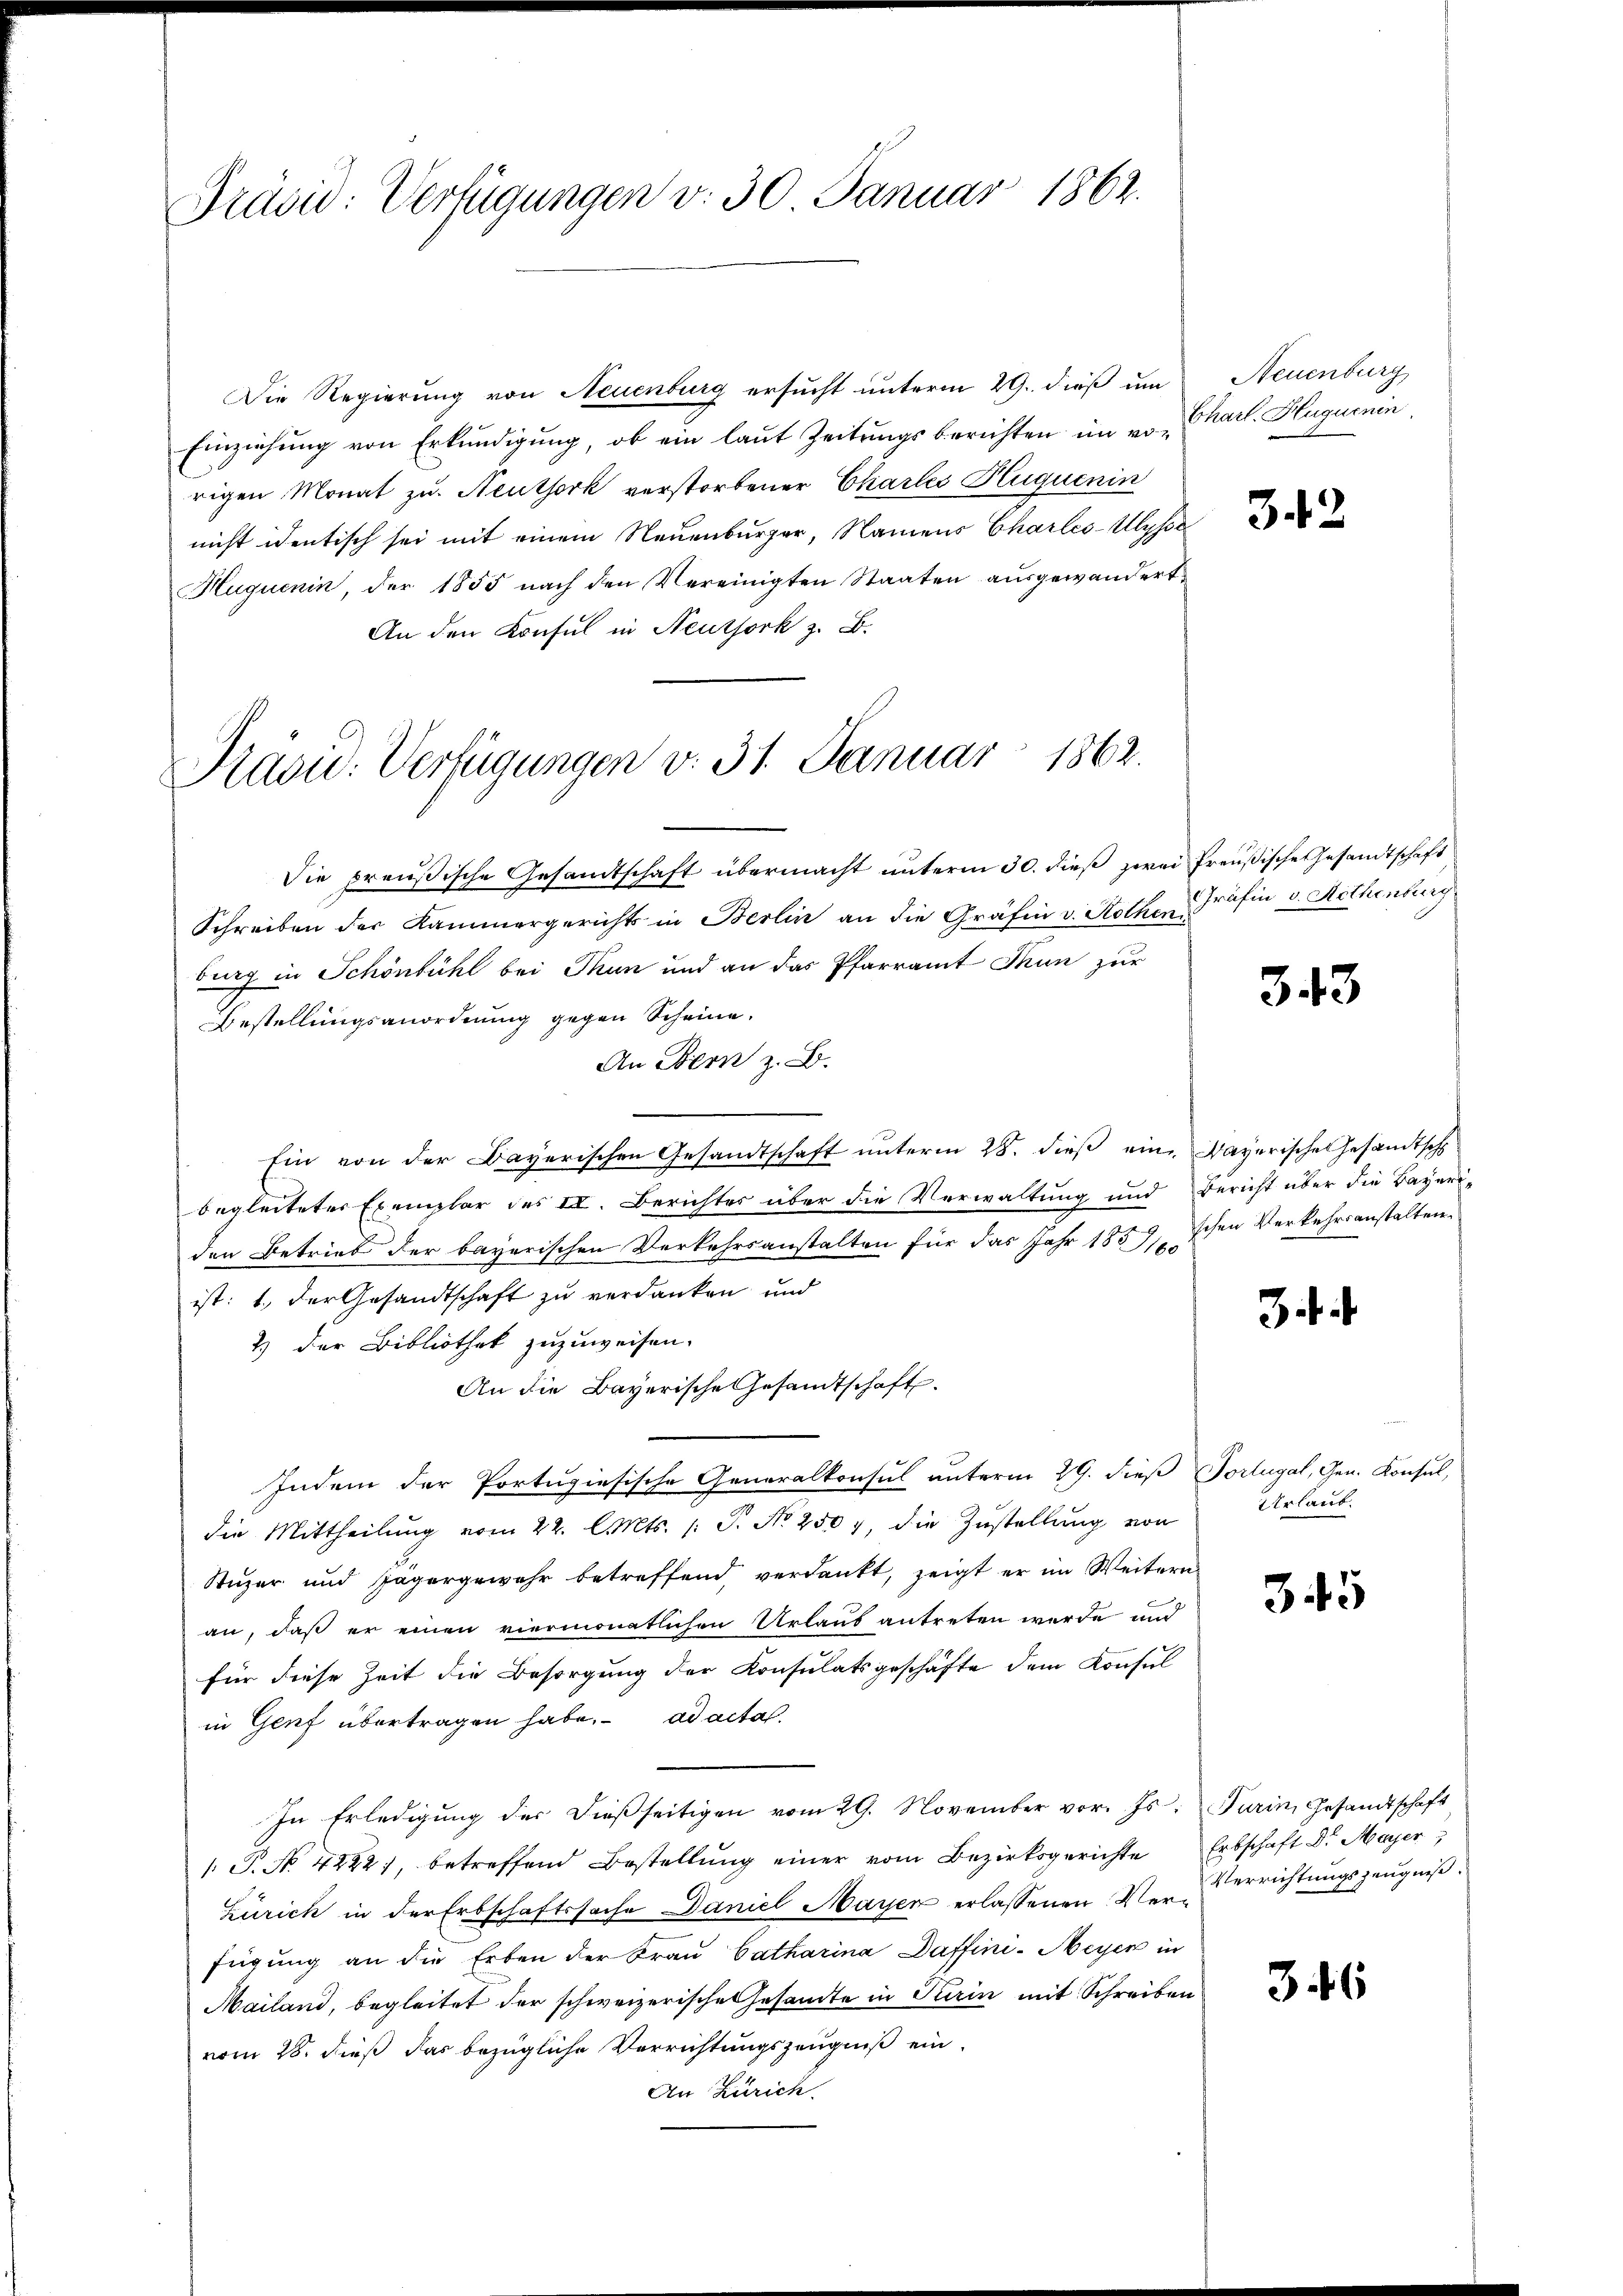
Präsid: Verfügungen v. 30 Januar 1862.

Die Regierung von Neuenburg ersucht unterm 29. dieß um
Einziehung von Erkundigung, ob ein laut Zeitungsberichten im von Charl. Huguenin,
rigen Monat zu. Neuthork verstorbener Chartes Huquenin
nicht identisch sei mit einem Neuenburger, Namens Charles-Ulysse¬
Huguenin, der 1855 nach den Vereinigten Staaten ausgewandert
An den Konsul in Neussork z. B.

Präsid. Verfügungen v. 31. Januar 1862.

Neuenburg

Die preußische Gesandtschaft übermacht unterm 30. dieß zwei Preußische Gesandtschaft
Schreiben der Kammergerichts in Berlin an die Gräfin v. Rothen Gräfin v. Aethenburg
burg in Schönbühl bei Thun und an das Pfarramt Thun zur
Bestellungsanordnung gegen Scheine.
An Bern z. B.
Ein von der Bayerischen Gesandtschaft unterm 28. dieß eine Bayerische Gesandtsch
begleiteter Exemplar des II. Berichtes über die Verwaltung und Bericht über die Bayeri-
den Betrieb der bayerischen Verkehrsanstalten für das Jahr 1859, Schen Verkehrsanstalten
ist: 1. der Gesandtschaft zu verdanken und
2) der Bibliothek zuzuweisen.
An die Bayerische Gesandtschaft.
Indem der Portugiesische Generalkonsul unterm 29. dieß Portugal, Gen. Konsul,
die Mittheilŭng vom 22. l. Mts. 1 S. No 250 7, die Zustellung von
Stuzer und Jägergewahr betreffend verdankt, zeigt er im Weitern
an, daß er einen viermonatlichen Urlaub antreten werde und
für diese Zeit die Besorgung der Konsulatsgeschäfte dem Konsul
in Genf übertragen habe. ad acta
In Erledigung der dießseitigen vom 29. November vor. Js. Turin, Gesandtschaft
/. P. No. 4222), betreffend Bestellŭng einer vom Bezirksgerichte Erbschaft Dr. Mayer
Zürich in der Erbschaftssache Daniel Mayer erlassenen Ver-Verrichtungszeugniß.
fügung an die Erben der Frau Catharina Daffini-Meyer in
Mailand, begleitet der schweizerische Gesamte in Turin mit Schreiben
vom 28. dieß das bezügliche Verrichtungszeugniß ein-
An Zürich.

342

343

3. k.

Urlaub.

345

346